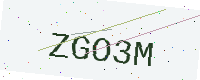
Text: ZGO3M